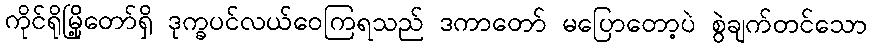
ကိုင်ရိုမြို့တော်ရှိ ဒုက္ခပင်လယ်ဝေကြရသည် ဒကာတော် မပြောတော့ပဲ စွဲချက်တင်သော